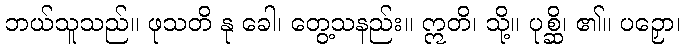
ဘယ်သူသည်။ ဖုသတိ နု ခေါ၊ တွေ့သနည်း။ ဣတိ၊ သို့။ ပုစ္ဆိ၊ ၏။ ပဉှော၊